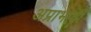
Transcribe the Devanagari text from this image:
अप्राभावी